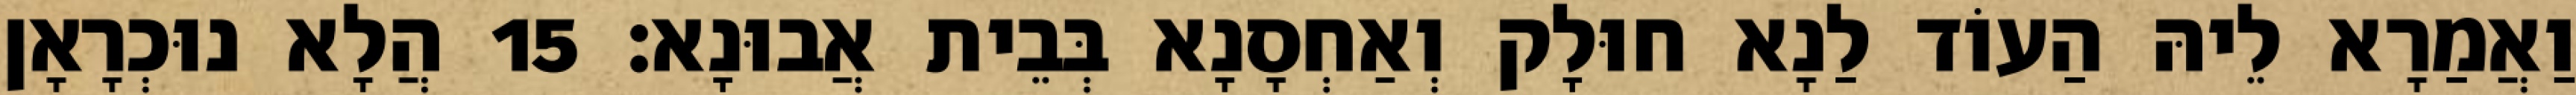
וַאֲמַרָא לֵיהּ הַעוֹד לַנָא חוּלָק וְאַחְסָנָא בְּבֵית אֲבוּנָא׃ 15 הֲלָא נוּכְרָאָן